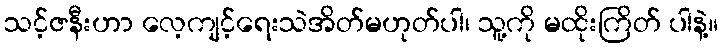
သင့်ဇနီးဟာ လေ့ကျင့်ရေးသဲအိတ်မဟုတ်ပါ၊ သူ့ကို မထိုးကြိတ် ပါနဲ့။